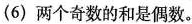
(6)两个奇数的和是偶数。